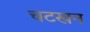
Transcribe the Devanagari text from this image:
चटखन